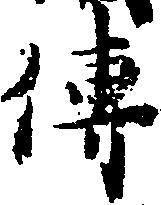
伝